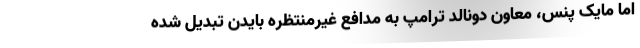
اما مایک پنس، معاون دونالد ترامپ به مدافع غیرمنتظره بایدن تبدیل شده